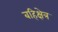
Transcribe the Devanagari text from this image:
बहिक्षेत्र